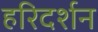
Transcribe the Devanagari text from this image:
हरिदर्शन